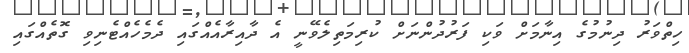
ހިތްވަރު ދިނުމުގެ އިނާމަށް ވަކި ފަރުދުންނަށް ކުރިމަތިލެވޭނީ އެ ދާއިރާއެއްގައި ދެމެހެއްޓެނިވި ގޮތެއްގައި